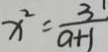
x ^ { 2 } = \frac { 3 } { a + 1 }